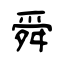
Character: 舜